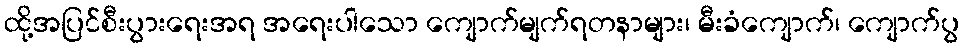
ထို့အပြင်စီးပွားရေးအရ အရေးပါသော ကျောက်မျက်ရတနာများ၊ မီးခံကျောက်၊ ကျောက်ပွ